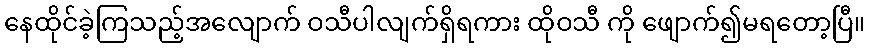
နေထိုင်ခဲ့ကြသည့်အလျောက် ဝသီပါလျက်ရှိရကား ထိုဝသီ ကို ဖျောက်၍မရတော့ပြီ။